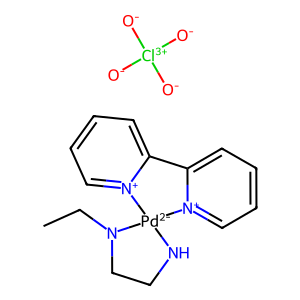
SMILES: CCN1CCN[Pd-2]12[n+]1ccccc1-c1cccc[n+]12.[O-][Cl+3]([O-])([O-])[O-]
Inhibits HIV replication: No